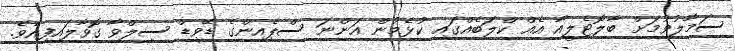
ސަމާލުވުމަށް ބާލޮޓެލީއާ އެއް ކްލަބެއްގައި ކުޅެމުން އަންނަ ސްޕެއިންގެ ޑޭވިޑް ސިލްވާ ގޮވާލައިފިއެވެ.